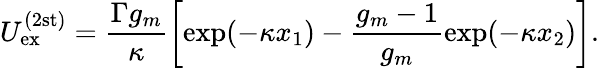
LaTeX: U_{\mathrm{ex}}^{(2\mathrm{st)}}=\frac{\Gamma g_{m}}{\kappa}\biggl[\exp(-\kappa x_{1})-\frac{g_{m}-1}{g_{m}}\exp(-\kappa x_{2})\biggr].